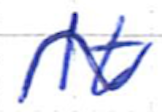
Text: It
Cross-out: wave
Writing tool: ballpoint